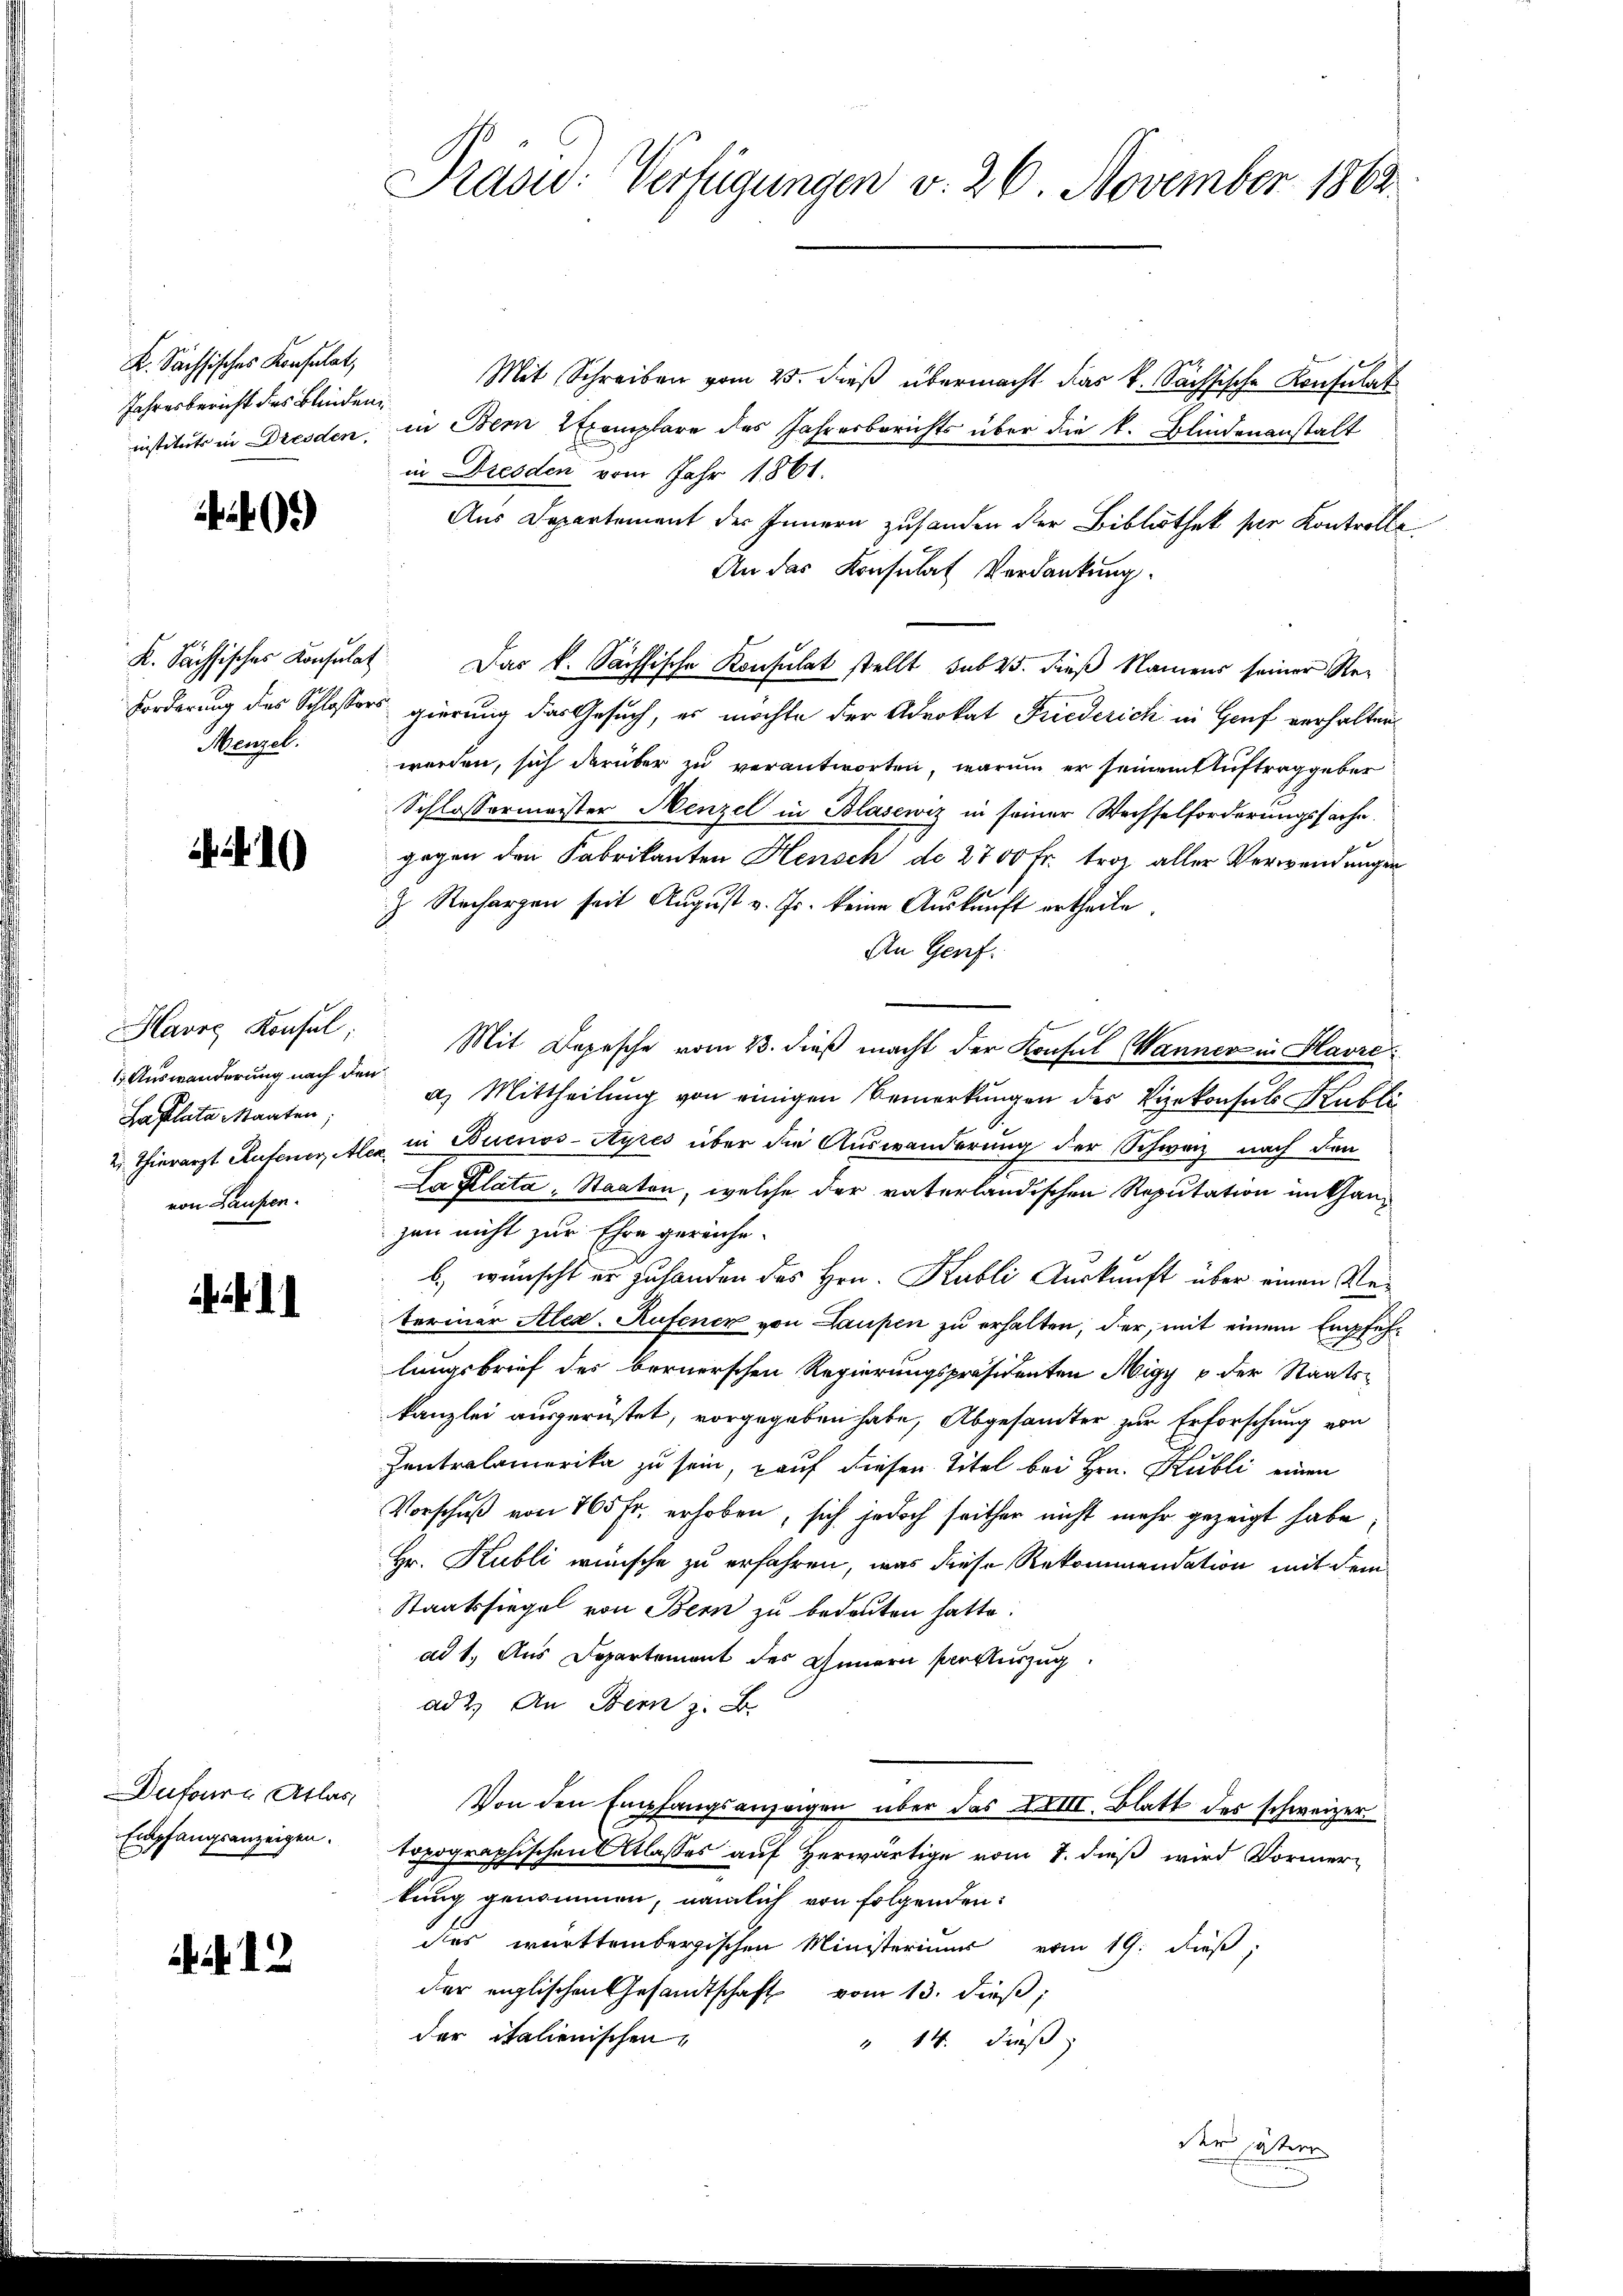
K. Sächsisches Konsulat,
Jahresbericht des Blinden

409

Menzel.

Harre Konfel
1 Auswanderung nach den
Salata Maaten;
von Laufen.

Dufourg Atlas
Empfangsanzeigen.

. . .

Präsid. Verfügungen v. 26. November 1862

Mit Schreiben vom 25. dieß übermacht das k. Sächsische Konsulat
instituts in Dresden, in Bern Exemplare des Jahresberichts über die k. Blindenanstalt
in Dresden vom Jahr 1861.
Aus Departement des Innern zuhanden der Bibliothek per Kontrolle
An das Konsulat Verdankung.
K. Sächsisches Konsulat Das k. Sächsische Konsulat stellt sub 25. dieß Namens seiner Re¬
Forderung des Schlossers gierung das Gesuch, es möchte der Advokat Friederich in Genf verhalten
worden, sich darüber zu verantworten, warum er seinem Auftrag geber
Schlossermeister Menzel in Blasewiz in seiner Wechselforderungssache.

gegen den Fabrikanten Hensch d. 2700 fr. trotz aller Verwendungen
z. Rechargen seit August v. Js. keine Auskunft ertheile.
An Genf.
x
Mit Depesche vom 13. dieß macht der Konsul Wanner in Havre
a) Mittheilung von einigen Bemerkungen des Vizekonsuls Hutli
u Thierarzt Aufeneraler in Buenos-Ayres über die Auswanderung der Schweiz nach den
La Plata, Staaten, welche der vaterländischen Reputation im Chanzen nicht zur Ehre gereiche
b.) wünscht er zu handen des Hrn. Kubli Auskunft über einen Reteriner Aled-Rufenen von Laupen zu erhalten, der, mit einem Empfehlungsbrief des bernerschen Regierungspräsidenten Migy v der Staats-
kanzlei ausgerüstet, vorgegeben habe, Abgesamter zur Erforschung von
Zentralamerika zu sein, auf diesen Titel bei Hrn. Kubli einen
Vorschuß von 165 fr. erhoben, sich jedoch seither nicht mehr gezeigt habe;
Hr. Kubli wünsche zu erfahren, was diese Rekommendation mit dem
Staatssiegel von Bern zu bedeuten hatte.
ad 1. Aus Departement des Innern Posturzug
ad 2. An Bern z. B.
Von den Empfangsanzeigen über das XXIII. Blatt des schweizer
topographischen Atlasses auf Herwärtige vom 8. dieß wird Vormerkung genommen, nämlich von folgenden:
des württembergischen Ministeriuum vom 19. dieß,
der englischen Gesandtschaft vom 13. dieß,
der italienischen
" 14. dieß

der hasten